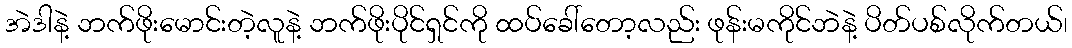
အဲဒါနဲ့ ဘက်ဖိုးမောင်းတဲ့လူနဲ့ ဘက်ဖိုးပိုင်ရှင်ကို ထပ်ခေါ်တော့လည်း ဖုန်းမကိုင်ဘဲနဲ့ ပိတ်ပစ်လိုက်တယ်၊